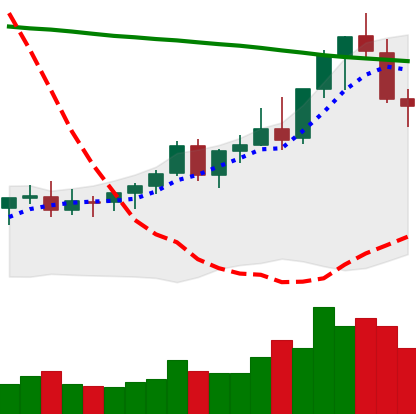
Ticker: EOS-USD
Chart end date: 2021-08-18
Forward return: 11.99%
Label: up_7plus